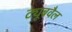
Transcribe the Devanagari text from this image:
ट्यूबवैल